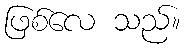
ဖြစ်လေ သည်။